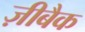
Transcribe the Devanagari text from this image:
ज़ीबैक